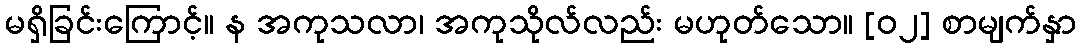
မရှိခြင်းကြောင့်။ န အကုသလာ၊ အကုသိုလ်လည်း မဟုတ်သော။ [၀၂] စာမျက်နှာ